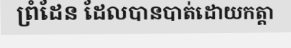
ព្រំដែន ដែលបានបាត់ដោយកត្តា